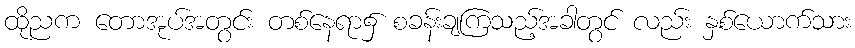
ထိုညက တောအုပ်အတွင်း တစ်နေရာ၌ စခန်းချကြသည့်အခါတွင် လည်း နှစ်ယောက်သား